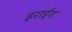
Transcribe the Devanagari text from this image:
ड्राईंग